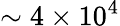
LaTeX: \sim 4\times 10^{4}